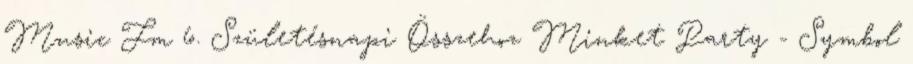
Music Fm 6. Születésnapi Összehoz Minket Party - Symbol